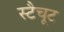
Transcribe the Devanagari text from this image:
स्टैचूट